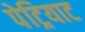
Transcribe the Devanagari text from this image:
पेट्रियाट